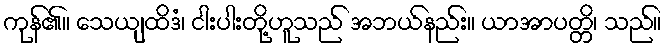
ကုန်၏။ သေယျထိဒံ၊ ငါးပါးတို့ဟူသည် အဘယ်နည်း။ ယာအာပတ္တိ၊ သည်။